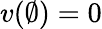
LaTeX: v(\emptyset)=0